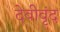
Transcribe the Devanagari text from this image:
देवीवृंद